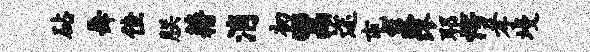
砧舞佳朕藉消初鬻途屯泉缪耶愕孝墁